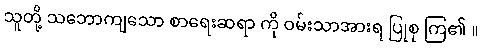
သူတို့ သဘောကျသော စာရေးဆရာ ကို ဝမ်းသာအားရ ပြုစု ကြ၏ ။